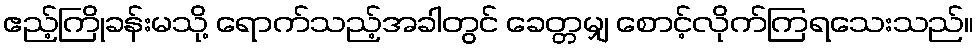
ဧည့်ကြိုခန်းမသို့ ရောက်သည့်အခါတွင် ခေတ္တမျှ စောင့်လိုက်ကြရသေးသည်။